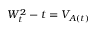
W _ { t } ^ { 2 } - t = V _ { A ( t ) }